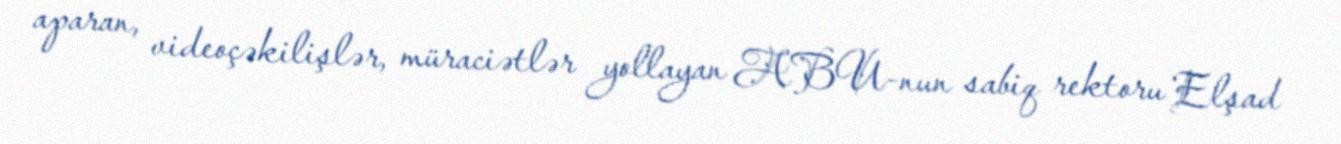
aparan, videoçəkilişlər, müraciətlər yollayan ABU-nun sabiq rektoru Elşad